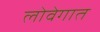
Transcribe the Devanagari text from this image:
लोवेगात